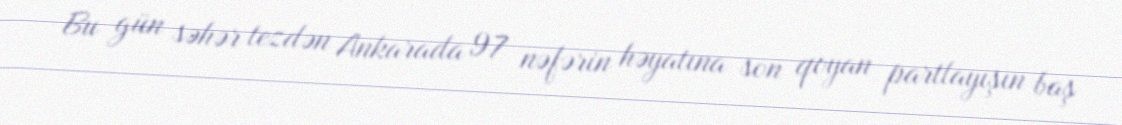
Bu gün səhər tezdən Ankarada 97 nəfərin həyatına son qoyan partlayışın baş